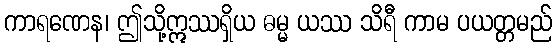
ကာရဏေန၊ ဤသို့ဣဿရှိယ ဓမ္မ ယဿ သိရီ ကာမ ပယတ္တမည်